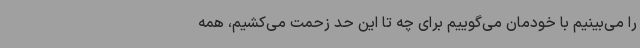
را می‌بینیم با خودمان می‌گوییم برای چه تا این حد زحمت می‌کشیم، همه